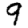
Digit: 9